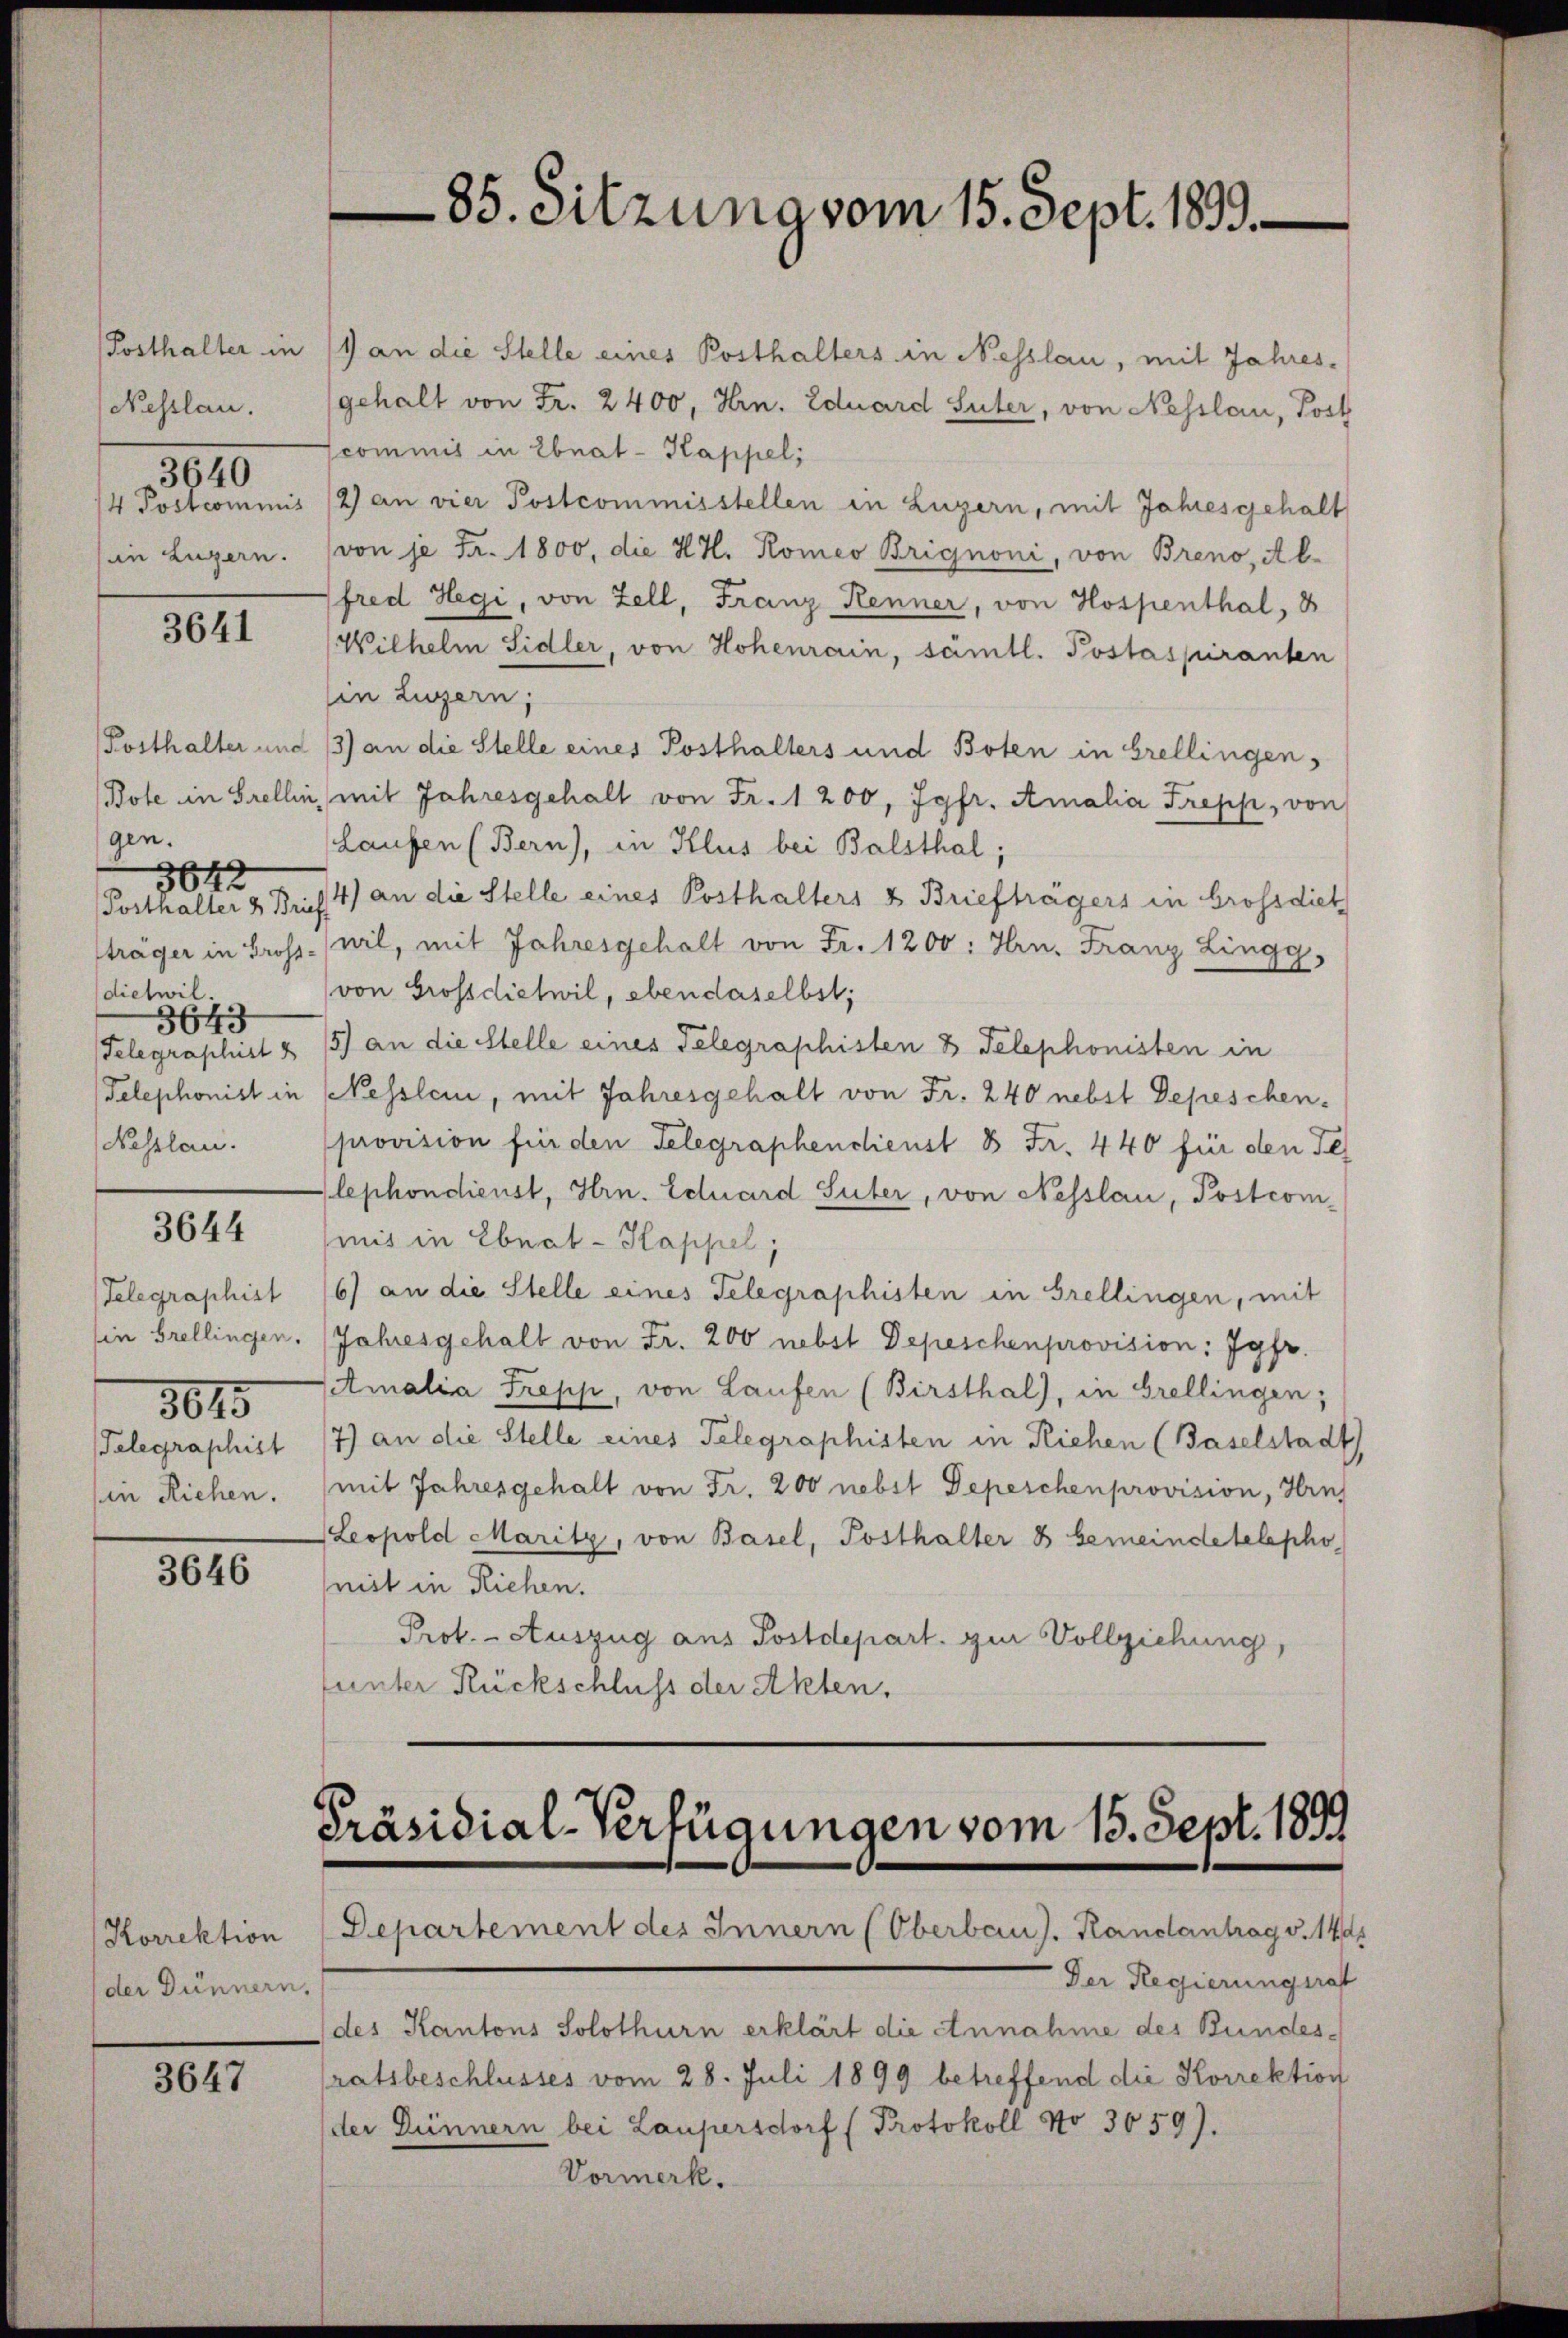
Nesslau.
3640
in Luzern.

3641

gen.
dietwil.
3643
Nasslau.

364.

3644

Telegraphist
3015
Telegraphist
in Riehen.

3646

Korrektion
der Dünnern.

3647

85. Sitzung vom 15. Sept. 1893.

Posthalter in 11 an die Stelle eines Posthalters in Nesslau, mit Jahresgehalt von Fr. 2400, Hrn. Eduard Suter, von Nesslau, Post
scommis in Ebnat-Kappel,
4 Postcommis (2) an vier Postcommisstellen in Luzern, mit Jahresgehalt
von je Fr. 1800, die H. H. Romeo Brignoni, von Breno, Al-
fred Hegi, von Zell, Franz Renner, von Hospenthal, 3
Wilhelm Sidler, von Hohenrain, sämtl. Postaspiranten
in Luzern;
Posthalter und 13) an die Stelle eines Posthalters und Boten in Grellingen,
Bote in Grellin, mit Jahresgehalt von Fr. 1 200, Jgfr. Amalia Trepp, von
Laufen (Bern), in Klus bei Balsthal;
Posthalter 2 Brief 4) an die Stelle eines Posthalters & Briefträgers in brossdiet
träger in Grossnil, mit Jahresgehalt von Fr. 1200: Hrn. Franz Lingg,
von Grossdietwil, ebendaselbst;
Telegraphirt & 15) an die Stelle eines Telegraphisten 3 Telephonisten in
Telephonist in Nesslen, mit Jahresgehalt von Fr. 240 nebst Depeschen-
provision für den Telegraphendienst 8 Fr. 440 für den Te
lephondienst, Hrn. Eduard Suter, von Nesslau, Postcommis in Ebnat-Kappel,
6) an die Stelle eines Telegraphisten in Grellingen, mit
sie Grellingen. (Jahresgehalt von Fr. 200 nebst Depeschenprovision; Jgfr.
Amalia Trepp, von Laufen (Birsthal), in Grellingen;
7) an die Stelle eines Telegraphisten in Riehen (Baselstadt
mit Jahresgehalt von Fr. 200 nebst Depeschen provision, Hrn.
Leopold Maritz, von Basel, Posthalter 3 bemeindetelepho
mit in Riehen.
Prot. - Auszug aus Postdepart. zur Vollziehung,
unter Rückschluss der Akten.

Präsidial-Verfügungen vom 15. Sept. 1899
Departement des Innern (Oberbaus. Randantrag v. 1441

Der Regierungsrat
des Kantons Solothurn erklärt die Annahme des Bundesratsbeschlusses vom 28. Juli 1899 betreffend die Korrektion
der Dünnern bei Laupersdorf (Protokoll No 3659).
Vormerk.